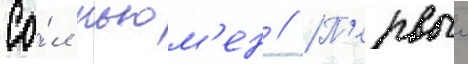
Со́л ньюм'ен // П'ервыи